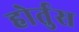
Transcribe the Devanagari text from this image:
होर्तुस